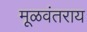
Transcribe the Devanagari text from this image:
मूळवंतराय